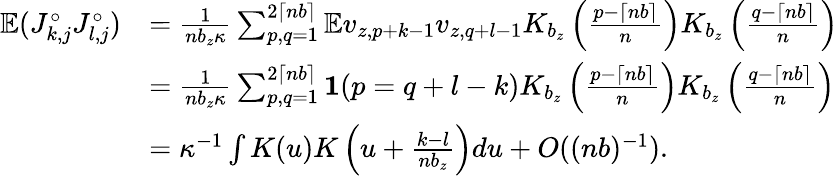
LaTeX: \begin{array}{rl}{\mathbb{E}(J_{k,j}^{\circ}J_{l,j}^{\circ})}&{=\frac{1}{nb_{z}\kappa}\sum_{p,q=1}^{2\lceil nb\rceil}\mathbb{E}v_{z,p+k-1}v_{z,q+l-1}K_{b_{z}}\left(\frac{p-\lceil nb\rceil}{n}\right)K_{b_{z}}\left(\frac{q-\lceil nb\rceil}{n}\right)}\\ &{=\frac{1}{nb_{z}\kappa}\sum_{p,q=1}^{2\lceil nb\rceil}\mathbf 1(p=q+l-k)K_{b_{z}}\left(\frac{p-\lceil nb\rceil}{n}\right)K_{b_{z}}\left(\frac{q-\lceil nb\rceil}{n}\right)}\\ &{=\kappa^{-1}\int K(u)K\left(u+\frac{k-l}{nb_{z}}\right)du+O((nb)^{-1}).}\end{array}